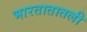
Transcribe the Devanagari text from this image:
भारतातातली